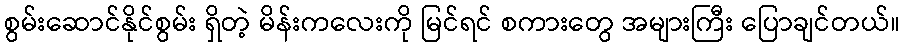
စွမ်းဆောင်နိုင်စွမ်း ရှိတဲ့ မိန်းကလေးကို မြင်ရင် စကားတွေ အများကြီး ပြောချင်တယ်။